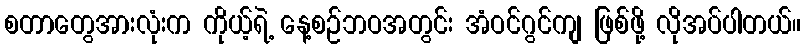
စတာတွေအားလုံးက ကိုယ့်ရဲ့ နေ့စဉ်ဘဝအတွင်း အံဝင်ဂွင်ကျ ဖြစ်ဖို့ လိုအပ်ပါတယ်။